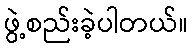
ဖွဲ့စည်းခဲ့ပါတယ်။